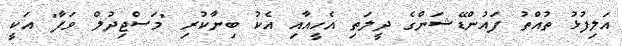
އަލިފުޅު ތުއްތު ފައުންޑޭޝަންގެ ދީލަތި އެހީއާއި އެކު ބިނާކުރި "މަސްޖިދުލް ވަފާ" އަކީ